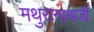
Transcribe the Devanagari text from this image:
मथुरानाथजी